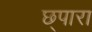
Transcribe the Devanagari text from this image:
छ्पारा